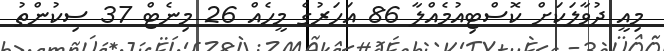
މިއީ ދުވާލަކަށް ކޮސްޓިއުމެއްލާ 86 އަހަރުގެ މީހެއް 26 މިނެޓް 37 ސިކުންތު